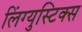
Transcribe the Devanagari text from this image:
लिंग्युस्टिक्स